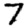
Digit: 7